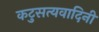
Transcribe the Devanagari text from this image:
कटुसत्यवादिनी